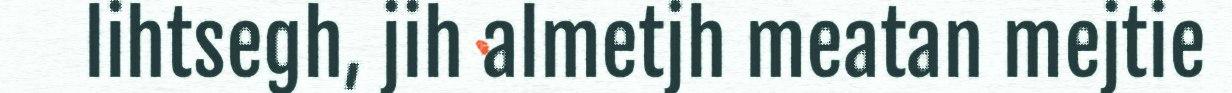
lihtsegh, jih almetjh meatan mejtie